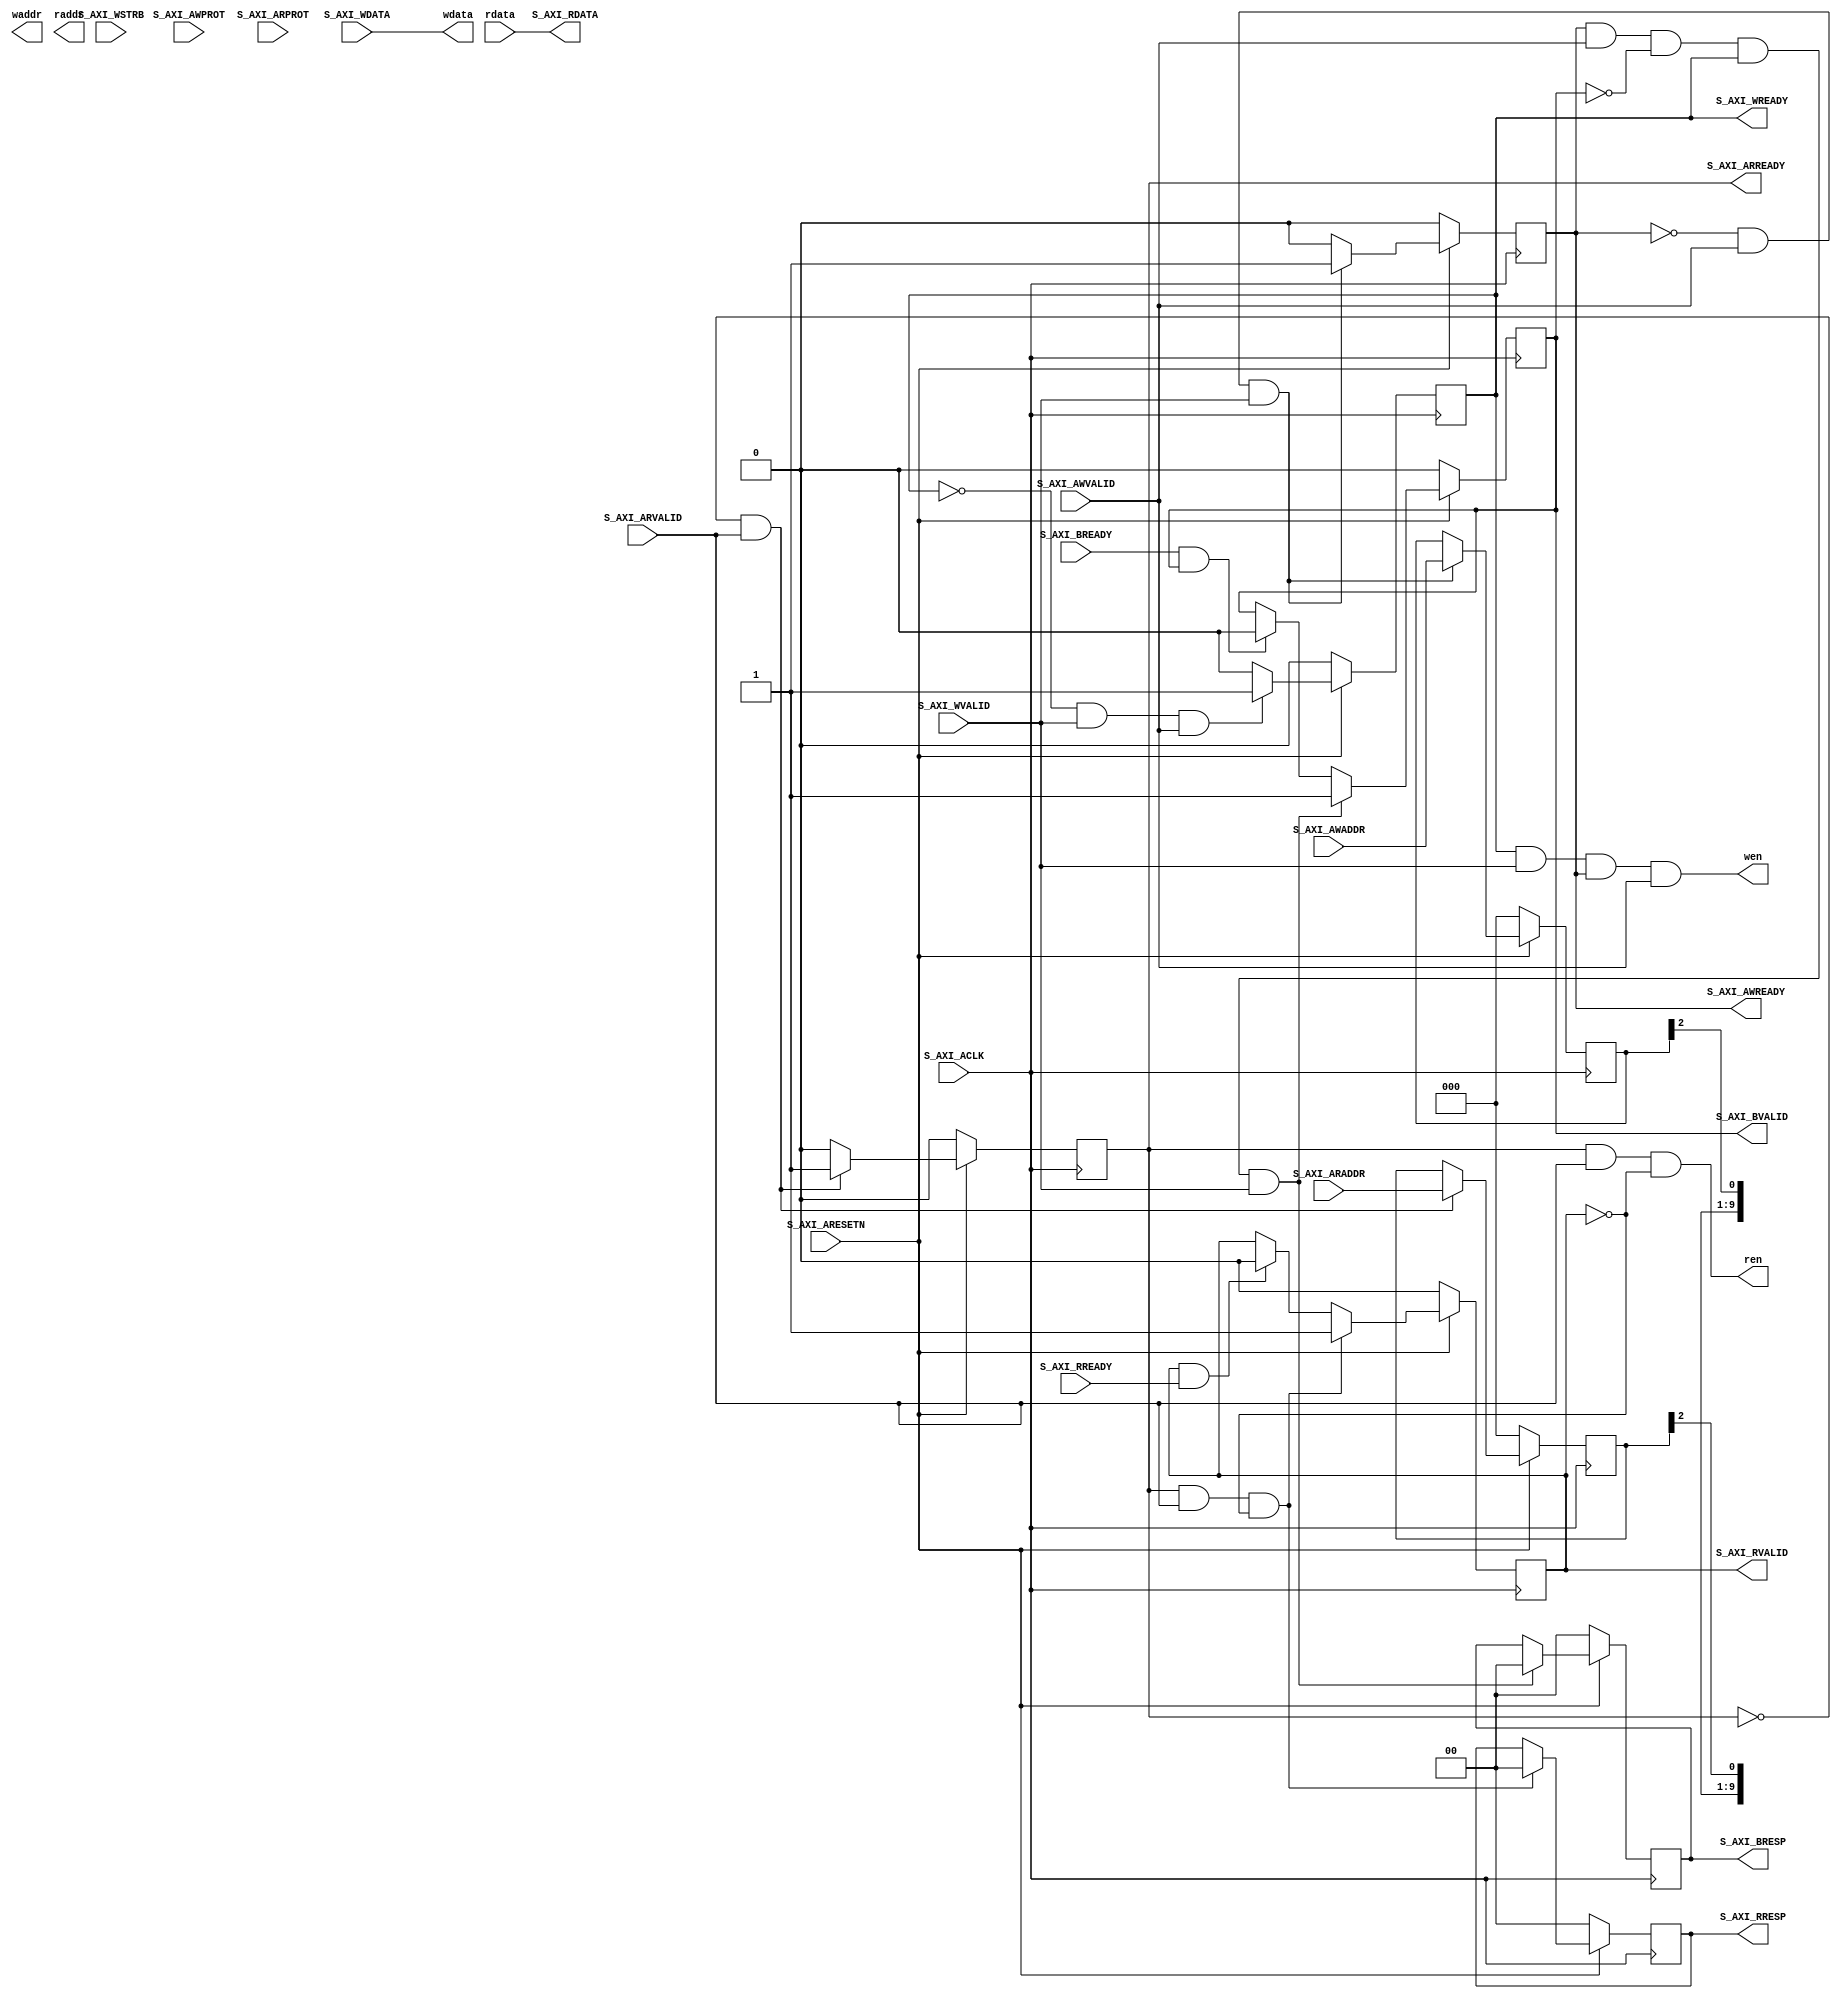

`timescale 1 ns / 1 ps

module axi_lite_v1_0_S00_AXI #
	(
		// Users to add parameters here

		// User parameters ends
		// Do not modify the parameters beyond this line

		// Width of S_AXI data bus
		parameter integer C_S_AXI_DATA_WIDTH = 32,
		// Width of S_AXI address bus
		parameter integer C_S_AXI_ADDR_WIDTH = 3,
		parameter integer OPT_MEM_ADDR_BITS = 10,
		parameter integer ADDR_LSB = 2
	)
	(
		// Users to add ports here
		//output wire [(C_S_AXI_DATA_WIDTH/8)-1 : 0] wstrb,
		output wire wen,
		output wire [OPT_MEM_ADDR_BITS - 1 : 0] waddr,
		output wire [C_S_AXI_DATA_WIDTH - 1 : 0] wdata,

		output wire ren,
		output wire [OPT_MEM_ADDR_BITS - 1 : 0] raddr,
		input wire [C_S_AXI_DATA_WIDTH - 1 : 0] rdata,
		// User ports ends
		// Do not modify the ports beyond this line
		
		// Global Clock Signal
		input wire S_AXI_ACLK,
		// Global Reset Signal. This Signal is Active LOW
		input wire S_AXI_ARESETN,
		// Write address (issued by master, acceped by Slave)
		input wire [C_S_AXI_ADDR_WIDTH-1 : 0] S_AXI_AWADDR,
		// Write channel Protection type. This signal indicates the
		// privilege and security level of the transaction, and whether
		// the transaction is a data access or an instruction access.
		input wire [2 : 0] S_AXI_AWPROT,
		// Write address valid. This signal indicates that the master signaling
		// valid write address and control information.
		input wire S_AXI_AWVALID,
		// Write address ready. This signal indicates that the slave is ready
		// to accept an address and associated control signals.
		output wire S_AXI_AWREADY,
		// Write data (issued by master, acceped by Slave) 
		input wire [C_S_AXI_DATA_WIDTH-1 : 0] S_AXI_WDATA,
		// Write strobes. This signal indicates which byte lanes hold
		// valid data. There is one write strobe bit for each eight
		// bits of the write data bus. 
		input wire [(C_S_AXI_DATA_WIDTH/8)-1 : 0] S_AXI_WSTRB,
		// Write valid. This signal indicates that valid write
		// data and strobes are available.
		input wire S_AXI_WVALID,
		// Write ready. This signal indicates that the slave
		// can accept the write data.
		output wire S_AXI_WREADY,
		// Write response. This signal indicates the status
		// of the write transaction.
		output wire [1 : 0] S_AXI_BRESP,
		// Write response valid. This signal indicates that the channel
		// is signaling a valid write response.
		output wire S_AXI_BVALID,
		// Response ready. This signal indicates that the master
		// can accept a write response.
		input wire S_AXI_BREADY,
		// Read address (issued by master, acceped by Slave)
		input wire [C_S_AXI_ADDR_WIDTH-1 : 0] S_AXI_ARADDR,
		// Protection type. This signal indicates the privilege
		// and security level of the transaction, and whether the
		// transaction is a data access or an instruction access.
		input wire [2 : 0] S_AXI_ARPROT,
		// Read address valid. This signal indicates that the channel
		// is signaling valid read address and control information.
		input wire S_AXI_ARVALID,
		// Read address ready. This signal indicates that the slave is
		// ready to accept an address and associated control signals.
		output wire S_AXI_ARREADY,
		// Read data (issued by slave)
		output wire [C_S_AXI_DATA_WIDTH-1 : 0] S_AXI_RDATA,
		// Read response. This signal indicates the status of the
		// read transfer.
		output wire [1 : 0] S_AXI_RRESP,
		// Read valid. This signal indicates that the channel is
		// signaling the required read data.
		output wire S_AXI_RVALID,
		// Read ready. This signal indicates that the master can
		// accept the read data and response information.
		input wire S_AXI_RREADY
	);

	// AXI4LITE signals
	reg [C_S_AXI_ADDR_WIDTH-1 : 0] axi_awaddr;
	reg axi_awready;
	reg axi_wready;
	reg [1 : 0] axi_bresp;
	reg axi_bvalid;
	reg [C_S_AXI_ADDR_WIDTH-1 : 0] axi_araddr;
	reg axi_arready;
	//reg [C_S_AXI_DATA_WIDTH-1 : 0] axi_rdata;
	wire [C_S_AXI_DATA_WIDTH-1 : 0] axi_rdata;
	reg [1 : 0] axi_rresp;
	reg axi_rvalid;
	
	// Example-specific design signals
	// local parameter for addressing 32 bit / 64 bit C_S_AXI_DATA_WIDTH
	// ADDR_LSB is used for addressing 32/64 bit registers/memories
	// ADDR_LSB = 2 for 32 bits (n downto 2)
	// ADDR_LSB = 3 for 64 bits (n downto 3)
	//localparam integer ADDR_LSB = (C_S_AXI_DATA_WIDTH/32) + 1;
	//localparam integer OPT_MEM_ADDR_BITS = 1;
	//----------------------------------------------
	//-- Signals for user logic register space example
	//------------------------------------------------
	//-- Number of Slave Registers 4
	wire slv_reg_rden;
	wire slv_reg_wren;
	reg [C_S_AXI_DATA_WIDTH-1:0] reg_data_out;
	
	// I/O Connections assignments
	
	assign S_AXI_AWREADY = axi_awready;
	assign S_AXI_WREADY = axi_wready;
	assign S_AXI_BRESP = axi_bresp;
	assign S_AXI_BVALID = axi_bvalid;
	assign S_AXI_ARREADY = axi_arready;
	assign S_AXI_RDATA = axi_rdata;
	assign S_AXI_RRESP = axi_rresp;
	assign S_AXI_RVALID = axi_rvalid;
	// Implement axi_awready generation
	// axi_awready is asserted for one S_AXI_ACLK clock cycle when both
	// S_AXI_AWVALID and S_AXI_WVALID are asserted. axi_awready is
	// de-asserted when reset is low.

	always @( posedge S_AXI_ACLK ) begin
		if ( S_AXI_ARESETN == 1'b0 ) begin
			axi_awready <= 1'b0;
		end 
		else begin 
			if (~axi_awready && S_AXI_AWVALID && S_AXI_WVALID) begin
				// slave is ready to accept write address when 
				// there is a valid write address and write data
				// on the write address and data bus. This design 
				// expects no outstanding transactions. 
				axi_awready <= 1'b1;
			end
			else begin
				axi_awready <= 1'b0;
			end
		end 
	end 

	// Implement axi_awaddr latching
	// This process is used to latch the address when both 
	// S_AXI_AWVALID and S_AXI_WVALID are valid. 
	
	always @( posedge S_AXI_ACLK ) begin
		if ( S_AXI_ARESETN == 1'b0 ) begin
			axi_awaddr <= 0;
		end 
		else begin 
			if (~axi_awready && S_AXI_AWVALID && S_AXI_WVALID) begin
				// Write Address latching 
				axi_awaddr <= S_AXI_AWADDR;
			end
		end 
	end 

	// Implement axi_wready generation
	// axi_wready is asserted for one S_AXI_ACLK clock cycle when both
	// S_AXI_AWVALID and S_AXI_WVALID are asserted. axi_wready is 
	// de-asserted when reset is low. 

	always @( posedge S_AXI_ACLK ) begin
		if ( S_AXI_ARESETN == 1'b0 ) begin
			axi_wready <= 1'b0;
		end 
		else begin 
			if (~axi_wready && S_AXI_WVALID && S_AXI_AWVALID) begin
				// slave is ready to accept write data when 
				// there is a valid write address and write data
				// on the write address and data bus. This design 
				// expects no outstanding transactions. 
				axi_wready <= 1'b1;
			end
			else begin
				axi_wready <= 1'b0;
			end
		end 
	end 

	// Implement memory mapped register select and write logic generation
	// The write data is accepted and written to memory mapped registers when
	// axi_awready, S_AXI_WVALID, axi_wready and S_AXI_WVALID are asserted. Write strobes are used to
	// select byte enables of slave registers while writing.
	// These registers are cleared when reset (active low) is applied.
	// Slave register write enable is asserted when valid address and data are available
	// and the slave is ready to accept the write address and write data.
	assign slv_reg_wren = axi_wready && S_AXI_WVALID && axi_awready && S_AXI_AWVALID;

	// Implement write response logic generation
	// The write response and response valid signals are asserted by the slave 
	// when axi_wready, S_AXI_WVALID, axi_wready and S_AXI_WVALID are asserted. 
	// This marks the acceptance of address and indicates the status of 
	// write transaction.

	always @( posedge S_AXI_ACLK ) begin
		if ( S_AXI_ARESETN == 1'b0 ) begin
			axi_bvalid <= 0;
			axi_bresp <= 2'b0;
		end 
		else begin 
			if (axi_awready && S_AXI_AWVALID && ~axi_bvalid && axi_wready && S_AXI_WVALID) begin
				// indicates a valid write response is available
				axi_bvalid <= 1'b1;
				axi_bresp <= 2'b0; // 'OKAY' response 
			end // work error responses in future
			else begin
				if (S_AXI_BREADY && axi_bvalid) begin
				//check if bready is asserted while bvalid is high) 
				//(there is a possibility that bready is always asserted high) 
				axi_bvalid <= 1'b0; 
				end 
			end
		end
	end 

	// Implement axi_arready generation
	// axi_arready is asserted for one S_AXI_ACLK clock cycle when
	// S_AXI_ARVALID is asserted. axi_awready is 
	// de-asserted when reset (active low) is asserted. 
	// The read address is also latched when S_AXI_ARVALID is 
	// asserted. axi_araddr is reset to zero on reset assertion.

	always @( posedge S_AXI_ACLK ) begin
		if ( S_AXI_ARESETN == 1'b0 ) begin
			axi_arready <= 1'b0;
			axi_araddr <= 32'b0;
		end 
		else begin 
			if (~axi_arready && S_AXI_ARVALID) begin
				// indicates that the slave has acceped the valid read address
				axi_arready <= 1'b1;
				// Read address latching
				axi_araddr <= S_AXI_ARADDR;
			end
			else begin
				axi_arready <= 1'b0;
			end
		end 
	end 

	// Implement axi_arvalid generation
	// axi_rvalid is asserted for one S_AXI_ACLK clock cycle when both 
	// S_AXI_ARVALID and axi_arready are asserted. The slave registers 
	// data are available on the axi_rdata bus at this instance. The 
	// assertion of axi_rvalid marks the validity of read data on the 
	// bus and axi_rresp indicates the status of read transaction.axi_rvalid 
	// is deasserted on reset (active low). axi_rresp and axi_rdata are 
	// cleared to zero on reset (active low). 
	always @( posedge S_AXI_ACLK ) begin
		if ( S_AXI_ARESETN == 1'b0 ) begin
			axi_rvalid <= 0;
			axi_rresp <= 0;
		end 
		else begin 
			if (axi_arready && S_AXI_ARVALID && ~axi_rvalid) begin
				// Valid read data is available at the read data bus
				axi_rvalid <= 1'b1;
				axi_rresp <= 2'b0; // 'OKAY' response
			end 
			else if (axi_rvalid && S_AXI_RREADY) begin
				// Read data is accepted by the master
				axi_rvalid <= 1'b0;
			end 
		end
	end 

	// Implement memory mapped register select and read logic generation
	// Slave register read enable is asserted when valid address is available
	// and the slave is ready to accept the read address.
	assign slv_reg_rden = axi_arready & S_AXI_ARVALID & ~axi_rvalid;

 // Add user logic here
	assign wen = slv_reg_wren;
	assign waddr = axi_awaddr[ADDR_LSB + OPT_MEM_ADDR_BITS - 1 : ADDR_LSB];
	assign wdata = S_AXI_WDATA;
	assign ren = slv_reg_rden;
	assign raddr = axi_araddr[ADDR_LSB + OPT_MEM_ADDR_BITS - 1 : ADDR_LSB];
	assign axi_rdata = rdata;
 // User logic ends

endmodule